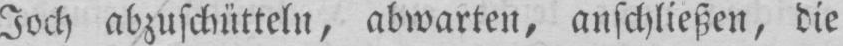
Joch abzuschütteln, abwarten, anschließen, die